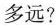
多远?